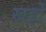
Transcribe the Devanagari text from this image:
खड़ों